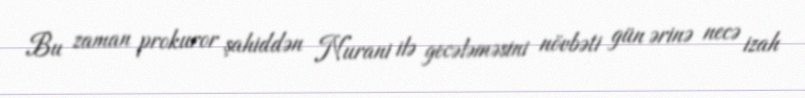
Bu zaman prokuror şahiddən Nurani ilə gecələməsini növbəti gün ərinə necə izah